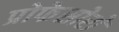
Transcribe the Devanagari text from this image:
प्रोफेसोरों